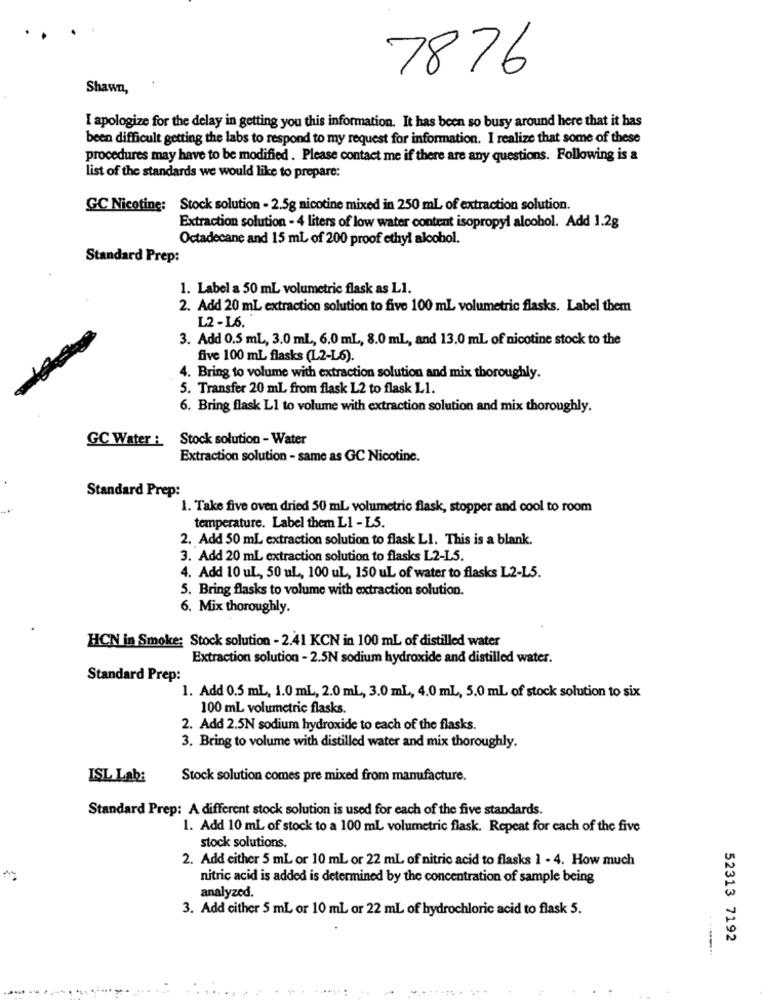
7876
Shawn,
I apologize for the delay in getting you this information. It has been so busy around here that it has
been difficult getting the labs to respond to my request for information. I realize that some of these
procedures may have to be modified . Please contact me if there are any questions. Following is a
list of the standards we would like to prepare:
GC Nicotine: Stock solution - 2.5g nicotine mixed in 250 ml of extraction solution.
Extraction solution - 4 liters of low water content isopropyl alcohol. Add 1.2g
Octadecane and 15 ml of 200 proof ethyl alcohol.
Standard Prep:
1. Label a 50 mL volumetric flask as L1.
2. Add 20 mL extraction solution to five 100 ml volumetric flasks. Label them
L2-L6.
3. Add 0.5 mL, 3.0 mL, 6.0 mL, 8.0 mL, and 13.0 ml of nicotine stock to the
five 100 mL flasks (L2-L6).
4. Bring to volume with extraction solution and mix thoroughly.
5. Transfer 20 mL from flask L2 to flask L1.
6. Bring flask L1 to volume with extraction solution and mix thoroughly.
GC Water :
Stock solution - Water
Extraction solution - same as GC Nicotine.
Standard Prep:
1. Take five oven dried 50 mL volumetric flask, stopper and cool to room
temperature. Label them L1 - LS.
2. Add 50 mL extraction solution to flask LI. This is a blank.
3. Add 20 mL extraction solution to flasks L2-L5.
4. Add 10 uL ., 50 uL, 100 uL, 150 uL of water to flasks L2-L5.
5. Bring flasks to volume with extraction solution.
6. Mix thoroughly.
HCN in Smoke: Stock solution - 2.41 KCN in 100 mL of distilled water
Extraction solution - 2.5N sodium hydroxide and distilled water.
Standard Prep:
1. Add 0.5 mL, 1.0 mL, 2.0 mL, 3.0 mL, 4.0 mL, 5.0 ml of stock solution to six
100 mL volumetric flasks.
2. Add 2.5N sodium hydroxide to each of the flasks.
3. Bring to volume with distilled water and mix thoroughly.
ISL Lab:
Stock solution comes pre mixed from manufacture.
Standard Prep: A different stock solution is used for each of the five standards.
1. Add 10 mL of stock to a 100 mL volumetric flask. Repeat for each of the five
stock solutions.
2. Add either 5 mL or 10 mL or 22 mL of nitric acid to flasks 1 - 4. How much
nitric acid is added is determined by the concentration of sample being
analyzed.
3. Add cither 5 mL or 10 mL or 22 mL of hydrochloric acid to flask 5.
52313 7192